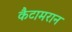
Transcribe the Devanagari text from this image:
कैटामरान